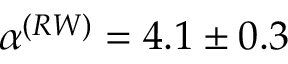
\alpha ^ { ( R W ) } = 4 . 1 \pm 0 . 3